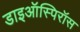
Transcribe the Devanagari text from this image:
डाइऑस्पिरॉस